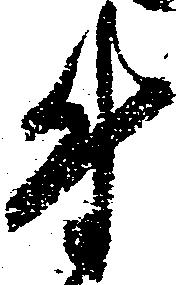
付